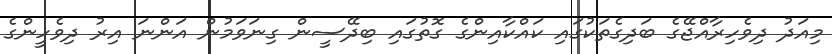
މިއަދު ދިވެހިރާއްޖޭގެ ބަދިގެތަކުގައި ކައްކާއިންގެ ގޮތުގައި ބިދޭސީން ގިނަވަމުން އަންނަ އިރު ދިވެހީންގެ